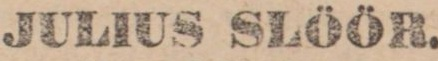
JULIUS SLÖÖR.